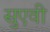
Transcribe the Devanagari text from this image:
सुएवी